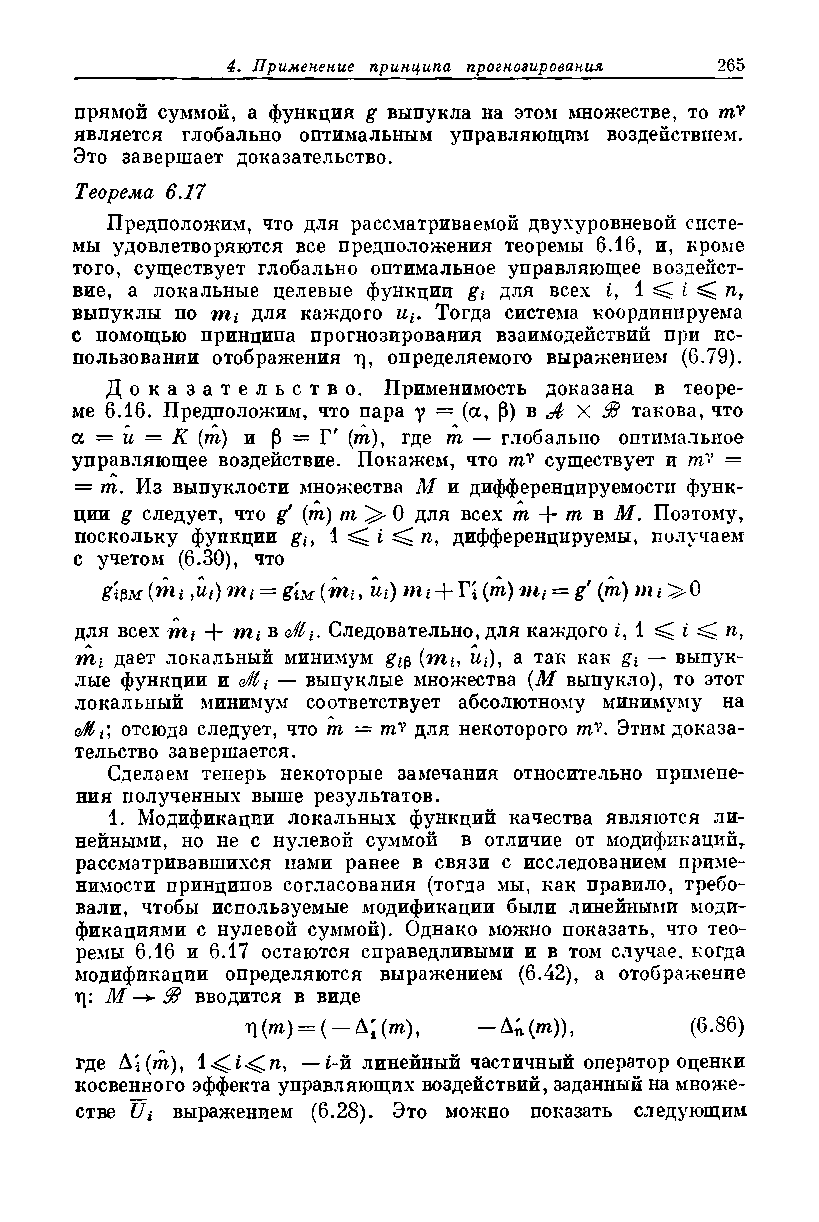
прямой суммой, а функция g выпукла на этом множестве, то тУ
 является глобально оптимальным управляющим воздействием.
 Это завершает доказательство.
 Теорема 6.17
 Предположим, что для рассматриваемой двухуровневой систе­
 мы удовлетворяются все предположения теоремы 6.16, и, кроме
 того, существует глобально оптимальное управляющее воздейст­
 вие, а локальные целевые функции gt для всех £, 1 ^ i ^ /г,
 выпуклы по ж, для каждого ut. Тогда система координируема
 с помощью принципа прогнозирования взаимодействий при ис­
 пользовании отображения ц, определяемого выражением (6.79).
 Д о к а з а т е л ь с т в о . Применимость доказана в теоре­
 ме 6.16. Предположим, что пара у = (а, Р) в Jb X $1 такова, что
 а — и = К (т) и Р — Г' (;т), где т — глобально оптимальное
 управляющее воздействие. Покажем, что тУ существует и тгУ =
 = /п. Из выпуклости множества М и дифференцируемости функ­
 ции g следует, что g' (m) т/i О для всех m + m в М. Поэтому,
 поскольку фупкции gh 1 ^ i ^ /г, дифференцируемы, получаем
 с учетом (6.30), что
 gi№ (mt ,Ui) mt = giM (mi, щ) пц + Г* (m) mt = g' (m) m г >0
 для всех mi + mi в <М1г Следовательно, для каждого i, 1 ^ i ^ п,
 т г дает локальный минимум g# (т-ь, иг), а так как gt — выпук­
 лые функции ж o/Hi — выпуклые множества (М выпукло), то этот
 локальный минимум соответствует абсолютному минимуму на
 отсюда следует, что т — тУ для некоторого тУ. Этим доказа­
 тельство завершается.
 Сделаем теперь некоторые замечания относительно примене­
 ния полученных выше результатов.
 1.  Модификации локальных функций качества являются ли­
 нейными, но не с нулевой суммой в отличие от модификаций,,
 рассматривавшихся нами ранее в связи с исследованием приме­
 нимости принципов согласования (тогда мы, как правило, требо­
 вали, чтобы используемые модификации были линейными моди­
 фикациями с нулевой суммой). Однако можно показать, что тео­
 ремы 6.16 и 6.17 остаются справедливыми и в том случае, когда
 модификации определяются выражением (6.42), а отображение
 ц: М —*98 вводится в виде
 ri(m) = ( —Л;(т), — Ап(т)),   (6.86)
 где A'i(m),    —i-ж линейный частичный оператор оценки
 косвенного эффекта управляющих воздействий, заданный на множе­
 стве Ui выражением (6.28). Это можно показать следующим